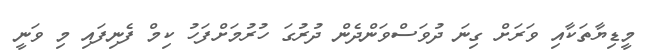
މީޑިޔާތަކާއި ވަރަށް ގިނަ ދުވަސްވަންދެން ދުރުގަ ހުރުމަށްފަހު ކިމް ފެނިފައި މި ވަނީ